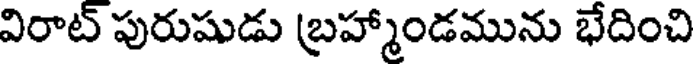
విరాట్ పురుషుడు బ్రహ్మాండమును భేదించి